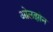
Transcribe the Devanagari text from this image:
ओलझोन